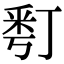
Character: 𠄚